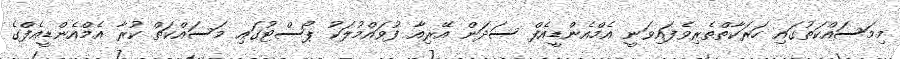
މިމަސައްކަތުގައި ހަރަކާތްތެރިވެފައިވަނީ އެމްއެންޑީއެފް ސަދަން އޭރިއާ ފުވައްމުލަކު ޕޯސްޓުގައި މަސައްކަތް ކުރާ އެމްއެންޑީއެފްގެ